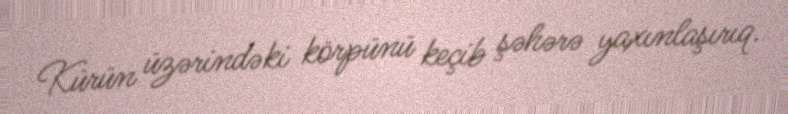
Kürün üzərindəki körpünü keçib şəhərə yaxınlaşırıq.